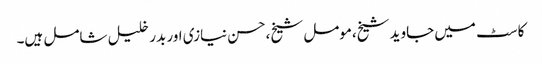
کاسٹ میں جاوید شیخ،مومل شیخ،حسن نیازی اور بدر خلیل شامل ہیں۔